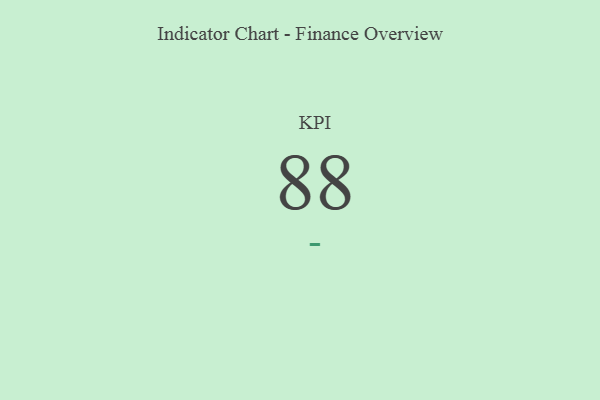
{"axis": {"x": "KPI", "y": "Value"}, "legend": [""], "data": [{"x": "KPI", "y": 88, "type": ""}]}